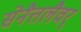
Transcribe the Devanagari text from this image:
सेनैत्तलैवर्